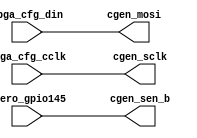
`timescale 1ns / 1ps
//////////////////////////////////////////////////////////////////////////////////

module passthru
  (input overo_gpio145,
   output cgen_sclk,
   output cgen_sen_b,
   output cgen_mosi,
   input fpga_cfg_din,
   input fpga_cfg_cclk
   );
   
   assign cgen_sclk = fpga_cfg_cclk;
   assign cgen_sen_b = overo_gpio145;
   assign cgen_mosi = fpga_cfg_din;
   
   
endmodule // passthru